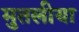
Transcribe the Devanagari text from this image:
मुतलीया